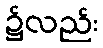
၌လည်း